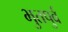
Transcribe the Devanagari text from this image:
भुतपुर्व